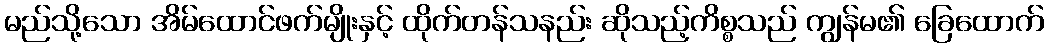
မည်သို့သော အိမ်ထောင်ဖက်မျိုးနှင့် ထိုက်တန်သနည်း ဆိုသည့်ကိစ္စသည် ကျွန်မ၏ ခြေထောက်